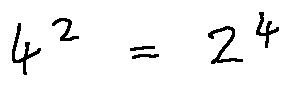
4 ^ { 2 } = 2 ^ { 4 }